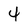
Character: 4